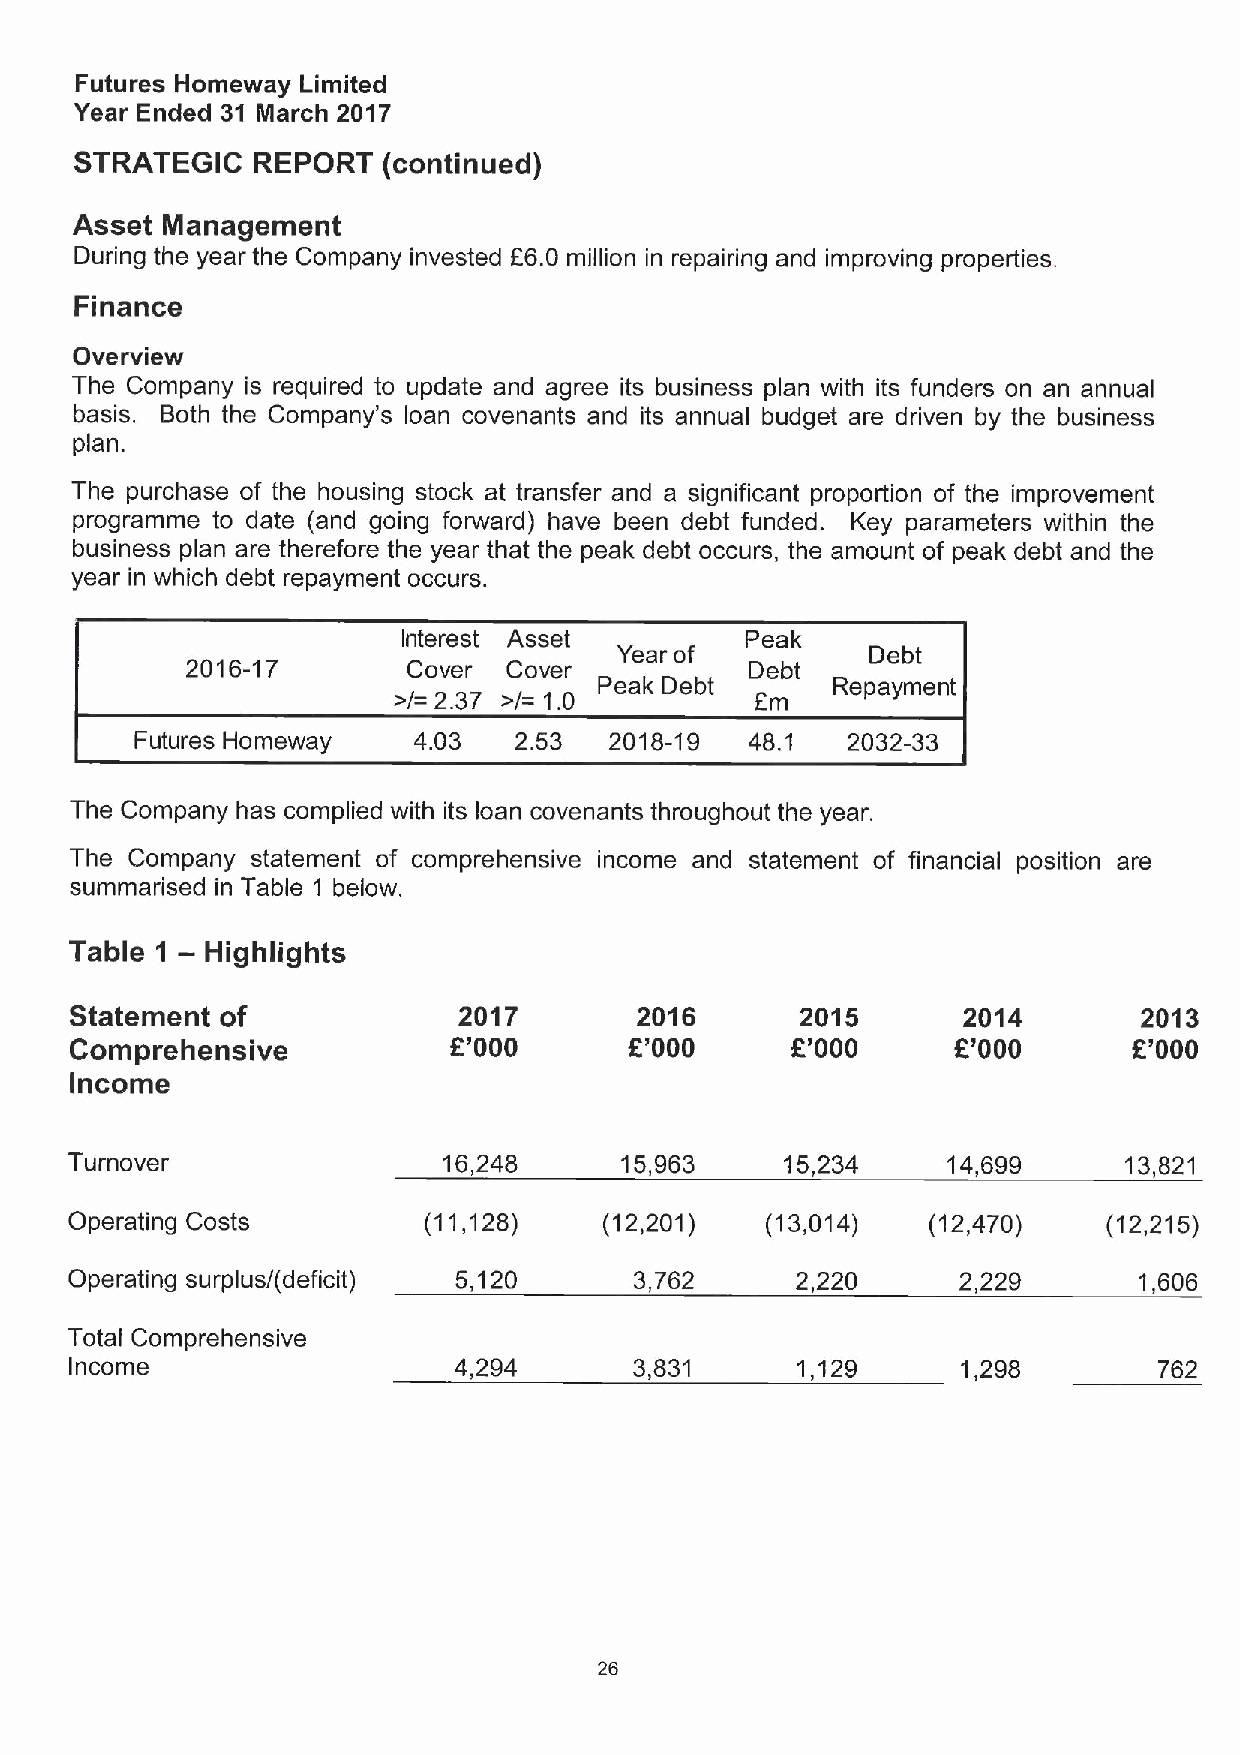
Futures Homeway Limited
 Year Ended 31 March 2017
 STRATEGIC   REPORT  (continued)
 Asset Management
 During the year the Company invested 86.0 million in repairing and improving properties.
 Finance
 Overview
 The Company is required to update and agree its business plan with its funders on an annual
 basis. Both the Company's loan covenants and its annual budget are driven by the business
 plan.
 The purchase of the housing stock at transfer and a significant proportion of the improvement
 programme to date (and going forward) have been debt funded. Key parameters within the
 business plan are therefore the year that the peak debt occurs, the amount of peak debt and the
 year in which debt repayment occurs.
 Interest Asset        Peak
 Year of          Debt
 2016-17        Cover  Cover           Debt
 pPeakk DDebbtt Repayment
 Futures Homeway   4.03   2.53  2018-19   48. 1 2032-33
 The Company has complied with its loan covenants throughout the year.
 The Company statement of comprehensive income and statement of financial position are
 summarised in Table 1 below.
 —
 Table 1  Highlights
 Statement of             2017        2016       2015       2014        2013
 Comprehensive            E'000       E'000     E'000      E'000       E'000
 Income
 Turnover                16,248      15,963     15,234     14,699     13,821
 Operating Costs        (11,128)    (12,201)   (13,014)  (12,470)    (12,215)
 Operating surplus/(deficit) 5,120    3,762      2,220      2,229      1,606
 Total Comprehensive
 Income                   4,294       3,831      1,129      1,298        762
 26